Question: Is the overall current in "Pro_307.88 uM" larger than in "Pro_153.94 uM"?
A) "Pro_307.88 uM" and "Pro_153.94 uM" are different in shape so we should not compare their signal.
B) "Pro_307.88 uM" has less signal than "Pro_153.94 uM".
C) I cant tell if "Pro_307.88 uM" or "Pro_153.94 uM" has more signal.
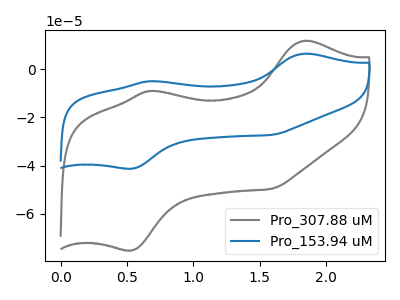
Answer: <think>The gray curve "Pro_307.88 uM" has anodic peaks at (1.85V, 11.90uA) (0.70V, -8.95uA) and cathodic peaks at (0.55V, -75.35uA) (1.60V, -49.70uA). The blue curve "Pro_153.94 uM" has anodic peaks at (1.85V, 6.55uA) (0.70V, -4.90uA) and cathodic peaks at (0.55V, -41.30uA) (1.60V, -27.25uA).
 All the peaks in "Pro_307.88 uM" have a peak in "Pro_153.94 uM" at the same potential.</think>
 <answer>C) I cant tell if "Pro_307.88 uM" or "Pro_153.94 uM" has more signal.</answer>
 <eval>C</eval>